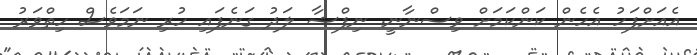
އެއަށްފަހު އެހެން ކަންކަމަށް ވިސްނާނީ. ނިފްޝާ ލަދު ގަނެފައި ހުރި ނަމަވެސް ހިތްވަރު